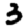
Digit: 3